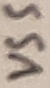
Text: VSS